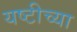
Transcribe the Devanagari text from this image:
यष्टीच्या